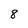
Character: 8